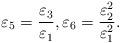
LaTeX: \begin{align*}\varepsilon_5=\frac{\varepsilon_3}{\varepsilon_1},\varepsilon_6=\frac{\varepsilon_2^2}{\varepsilon_1^2}.\end{align*}